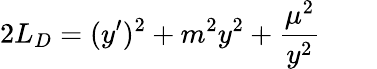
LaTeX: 2L_{D}=(y^{\prime})^{2}+m^{2}y^{2}+{\frac{\mu^{2}}{y^{2}}}\qquad